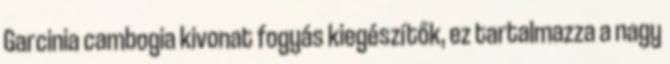
Garcinia cambogia kivonat fogyás kiegészítők, ez tartalmazza a nagy